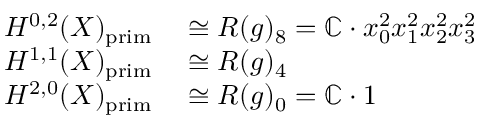
\begin{array} { r l } { H ^ { 0 , 2 } ( X ) _ { \mathrm { p r i m } } } & { { } \cong R ( g ) _ { 8 } = \mathbb { C } \cdot x _ { 0 } ^ { 2 } x _ { 1 } ^ { 2 } x _ { 2 } ^ { 2 } x _ { 3 } ^ { 2 } } \\ { H ^ { 1 , 1 } ( X ) _ { \mathrm { p r i m } } } & { { } \cong R ( g ) _ { 4 } } \\ { H ^ { 2 , 0 } ( X ) _ { \mathrm { p r i m } } } & { { } \cong R ( g ) _ { 0 } = \mathbb { C } \cdot 1 } \end{array}